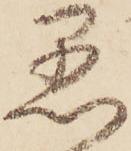
愚